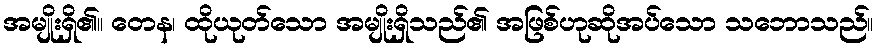
အမျိုးရှိ၏။ တေန၊ ထိုယုတ်သော အမျိုးရှိသည်၏ အဖြစ်ဟုဆိုအပ်သော သဘောသည်။